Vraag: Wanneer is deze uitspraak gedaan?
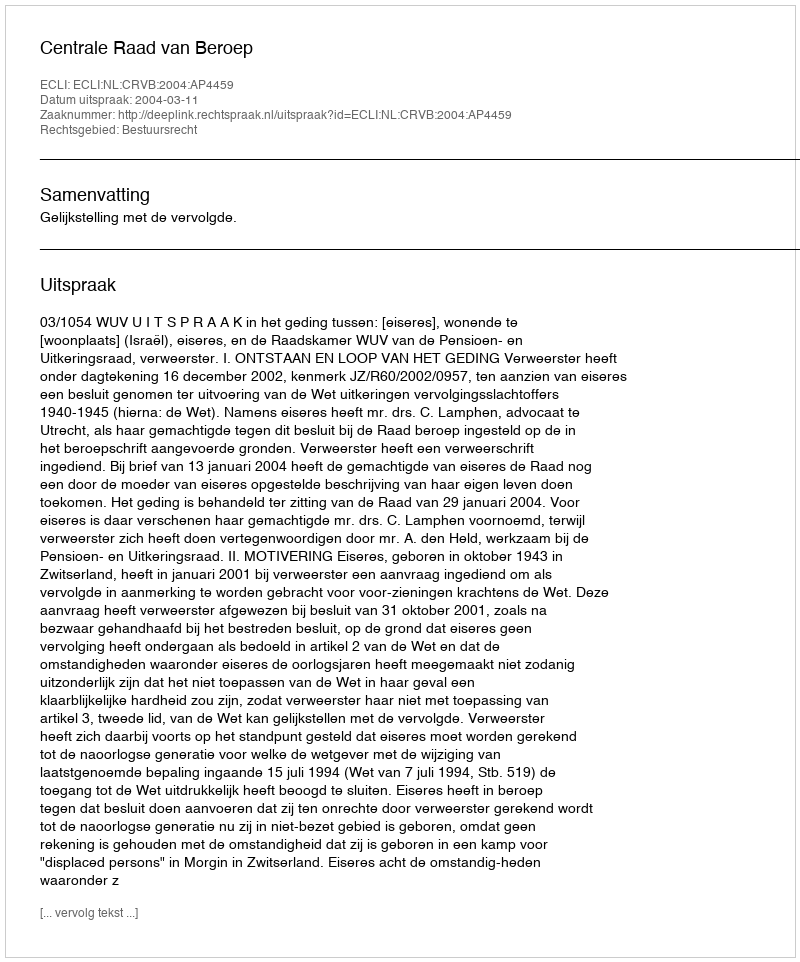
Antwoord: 2004-03-11